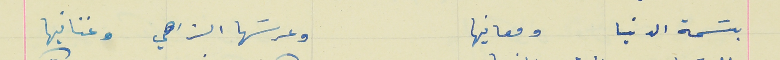
بسَمة الدنيا ومعانيها                                        وعرسَها الزاهي وغنانيها